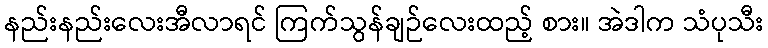
နည်းနည်းလေးအီလာရင် ကြက်သွန်ချဉ်လေးထည့် စား။ အဲဒါက သံပုသီး